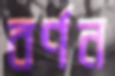
বর্ণন